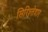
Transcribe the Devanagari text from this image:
सिरिश्तेदार